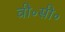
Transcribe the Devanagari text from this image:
वी॰सी॰